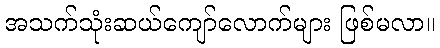
အသက်သုံးဆယ်ကျော်လောက်များ ဖြစ်မလာ။